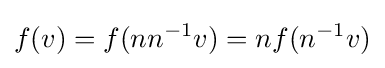
f(v)=f(nn^{-1}v)=nf(n^{-1}v)